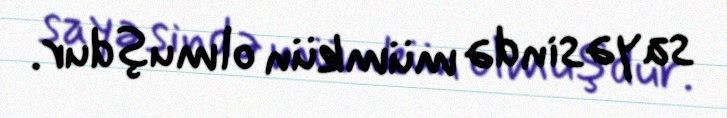
sayəsində mümkün olmuşdur.